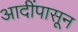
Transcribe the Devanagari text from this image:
आदींपासून